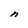
Character: n